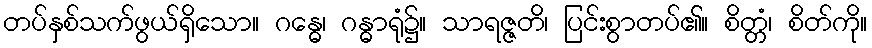
တပ်နှစ်သက်ဖွယ်ရှိသော။ ဂန္ဓေ၊ ဂန္ဓာရုံ၌။ သာရဇ္ဇတိ၊ ပြင်းစွာတပ်၏။ စိတ္တံ၊ စိတ်ကို။